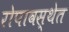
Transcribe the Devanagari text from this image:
रोपावस्थेत